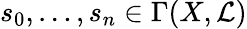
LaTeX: s_{0},\ldots,s_{n}\in\Gamma(X,{\mathcal{L}})